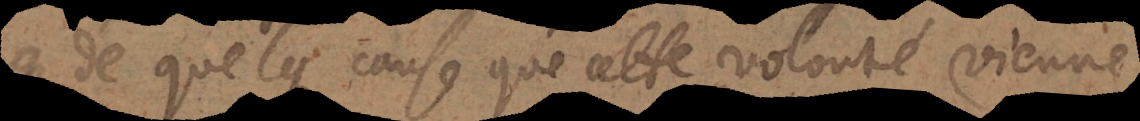
de quelque cause que cette volonté vienne,